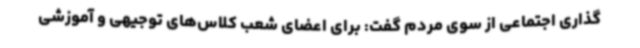
گذاری اجتماعی از سوی مردم گفت: برای اعضای شعب کلاس‌های توجیهی و آموزشی